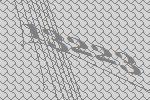
13223